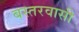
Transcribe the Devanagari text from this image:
बस्तरवासी